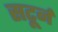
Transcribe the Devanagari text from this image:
सटूर्न